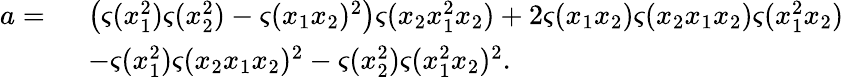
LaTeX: \begin{array}{rl}{a=\ }&{\big(\varsigma(x_{1}^{2})\varsigma(x_{2}^{2})-\varsigma(x_{1}x_{2})^{2}\big)\varsigma(x_{2}x_{1}^{2}x_{2})+2\varsigma(x_{1}x_{2})\varsigma(x_{2}x_{1}x_{2})\varsigma(x_{1}^{2}x_{2})}\\ &{-\varsigma(x_{1}^{2})\varsigma(x_{2}x_{1}x_{2})^{2}-\varsigma(x_{2}^{2})\varsigma(x_{1}^{2}x_{2})^{2}.}\end{array}